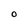
Character: O